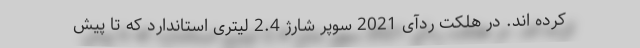
کرده اند. در هلکت ردآی 2021 سوپر شارژ 2.4 لیتری استاندارد که تا پیش